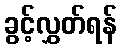
ခွင့်လွှတ်ရန်